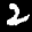
Label: 2